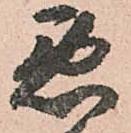
悪